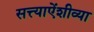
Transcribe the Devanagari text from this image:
सत्त्याऐंशीव्या